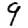
Digit: 9